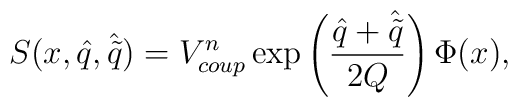
S(x, \hat{q}, \hat{\tilde{q}})=V_{coup}^{n}\exp\left({\hat{q}+\hat{\tilde{q}}\over 2Q}\right)\Phi(x),